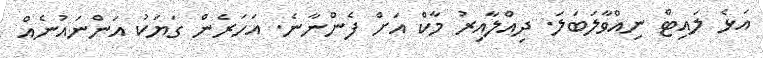
އަޅެ ލައިޓް ނިއްވާލަބަލަ. ދިއްލާއިރު މާކް އަށް ފެންނާނެ. އަހަރެން ގަޔަކު އަންނައުނެއް